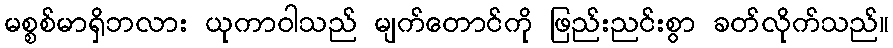
မစ္စစ်မာရှိဘလား ယုကာဝါသည် မျက်တောင်ကို ဖြည်းညင်းစွာ ခတ်လိုက်သည်။